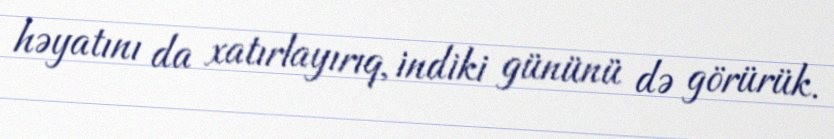
həyatını da xatırlayırıq, indiki gününü də görürük.